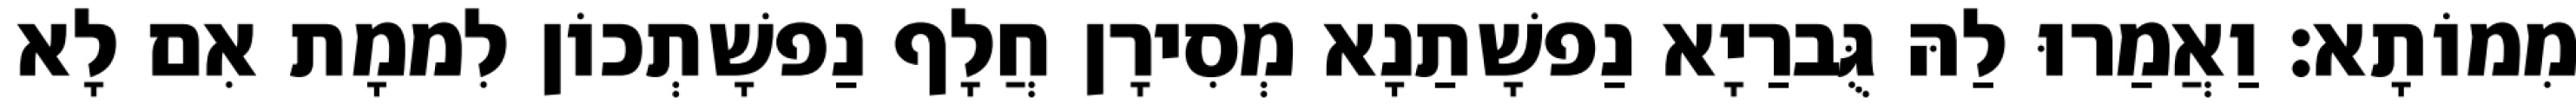
מִמוֹתָא׃ וַאֲמַרוּ לַהּ גֻּברַיָא נַפשָׁתַנָא מְסִירָן חֲלָף נַפשָׁתְכוֹן לִממָת אִם לָא